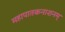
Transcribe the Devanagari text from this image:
महापातकनाशनम्‌